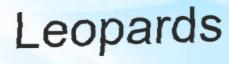
Leopards